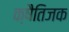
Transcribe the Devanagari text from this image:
क्षैतिजक